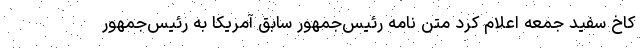
کاخ سفید جمعه اعلام کرد متن نامه رئیس‌جمهور سابق آمریکا به رئیس‌جمهور